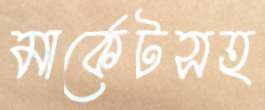
মার্কেটসহ